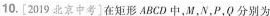
10. [2019北京中考]在矩形ABCD中，M P分别为